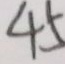
4 5